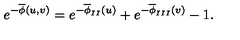
e ^ { - \overline { { \phi } } ( u , v ) } = e ^ { - \overline { { \phi } } _ { I I } ( u ) } + e ^ { - \overline { { \phi } } _ { I I I } ( v ) } - 1 .